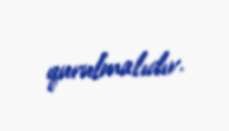
qurulmalıdır.